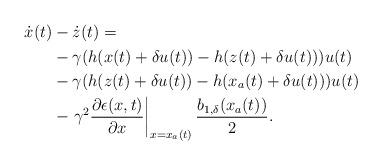
LaTeX: \begin{align*}\begin{aligned}\dot{x}(t)&-\dot{z}(t) =\\& -\gamma(h(x(t)+\delta u(t))-h(z(t)+\delta u(t)))u(t) \\&-\gamma(h(z(t)+\delta u(t))-h(x_a(t)+\delta u(t)))u(t)\\ &-\left.\gamma^2\dfrac{\partial\epsilon(x,t)}{\partial x}\right|_{x = x_a(t)} \dfrac{b_{1,\delta}(x_a(t))}{2}.\end{aligned}\end{align*}